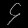
Digit: ၄